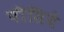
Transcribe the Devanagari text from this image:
पीसिये